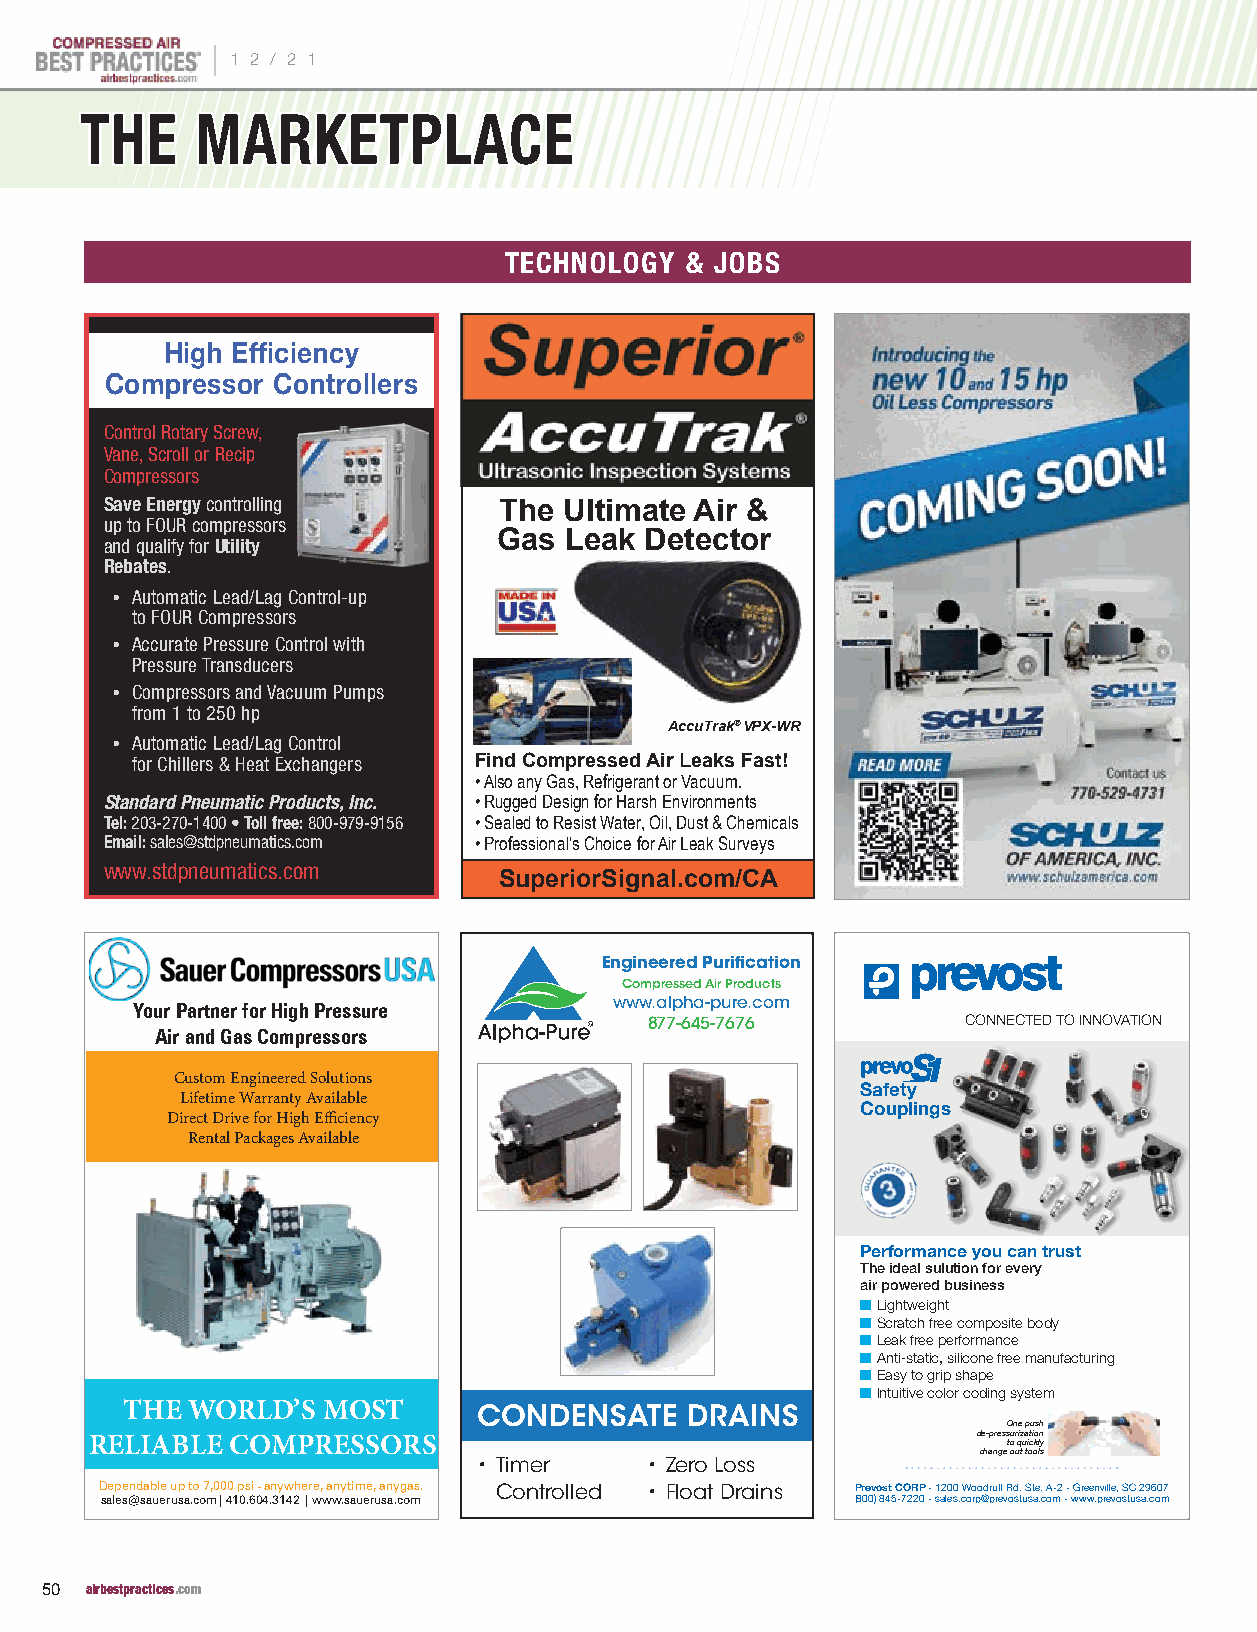
|
 1 2 / 2 1
 TTHHEE  MMAARRKKEETTPPLLAACCEE
 TECHNOLOGY  & JOBS
 High Efficiency
 Compressor Controllers
 Control Rotary Screw,
 Vane, Scroll or Recip
 Compressors
 Save Energy controlling   The Ultimate Air &
 up to FOUR compressors
 Gas Leak  Detector
 and qualify for Utility
 Rebates.
 • Automatic Lead/Lag Control-up
 to FOUR Compressors
 • Accurate Pressure Control with
 Pressure Transducers
 • Compressors and Vacuum Pumps
 from 1 to 250 hp
 AccuTrak® VPX-WR
 • Automatic Lead/Lag Control
 for Chillers & Heat Exchangers Find Compressed Air Leaks Fast!
 • Also any Gas, Refrigerant or Vacuum.
 Standard Pneumatic Products, Inc. • Rugged Design for Harsh Environments
 Tel: 203-270-1400 • Toll free: 800-979-9156 • Sealed to Resist Water, Oil, Dust & Chemicals
 Email: sales@stdpneumatics.com • Professional’s Choice for Air Leak Surveys
 www.stdpneumatics.com
 SuperiorSignal.com/CA
 Engineered Purification
 Compressed Air Products
 www.alpha-pure.com
 Your Partner for High Pressure
 877-645-7676         CONNECTED TO INNOVATION
 Air and Gas Compressors
 Custom Engineered Solutions
 Lifetime Warranty Available                  Safety
 Couplings
 Direct Drive for High Efficiency
 Rental Packages Available
 Performance you can trust
 The ideal sulution for every
 air powered business
 n Lightweight
 n Scratch free composite body
 n Leak free performance
 n Anti-static, silicone free manufacturing
 n Easy to grip shape
 n Intuitive color coding system
 THE WORLD’S  MOST       CONDENSATE   DRAINS
 One push
 RELIABLE COMPRESSORS                                       de-press tou r qiz ua icti ko ln y
 change out tools
 • Timer    • Zero Loss
 Dependable up to 7,000 psi - anywhere, anytime, anygas. Controlled • Float Drains Prevost CORP - 1200 Woodruff Rd. Ste. A-2 - Greenville, SC 29607
 sales@sauerusa.com| 410.604.3142 | www.sauerusa.com (800) 845-7220 - sales.corp@prevostusa.com - www.prevostusa.com
 50 airbestpractices.com                         PPrreevvoosstt__PPTTEENN__BBeesstt PPrraaccttiicceess AAddss__77..2211__FFIINNAALL..iinndddd 66 66//2255//2211 99::4499 AAMM